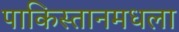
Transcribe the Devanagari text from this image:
पाकिस्तानमधला